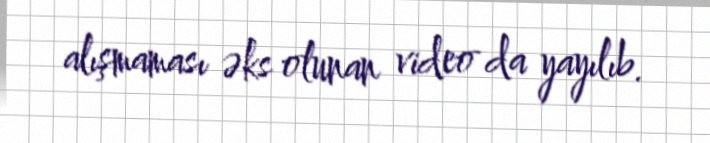
alışmaması əks olunan video da yayılıb.